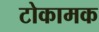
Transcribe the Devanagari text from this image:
टोकामक